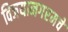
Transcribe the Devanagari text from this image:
विजयानगरमचे